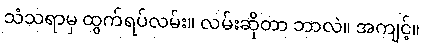
သံသရာမှ ထွက်ရပ်လမ်း။ လမ်းဆိုတာ ဘာလဲ။ အကျင့်။